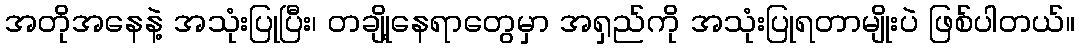
အတိုအနေနဲ့ အသုံးပြုပြီး၊ တချို့နေရာတွေမှာ အရှည်ကို အသုံးပြုရတာမျိုးပဲ ဖြစ်ပါတယ်။